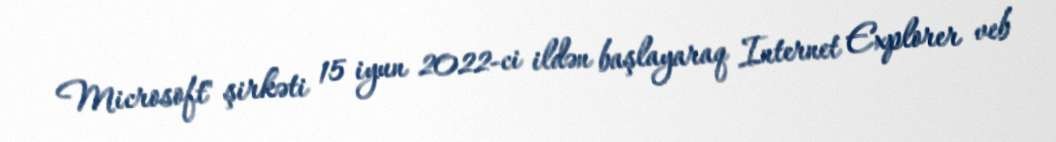
Microsoft" şirkəti 15 iyun 2022-ci ildən başlayaraq Internet Explorer veb